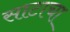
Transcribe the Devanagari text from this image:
साटाचा